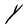
Character: Y